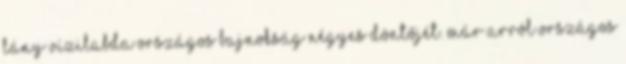
lány vízilabda Országos Bajnokság négyes döntőjét. Már arról Országos